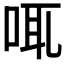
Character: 𠲷